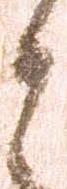
と